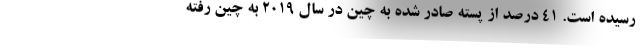
رسیده است. 41 درصد از پسته صادر شده به چین در سال 2019 به چین رفته